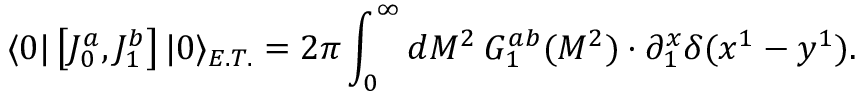
\langle 0 | \left[ J _ { 0 } ^ { a } , J _ { 1 } ^ { b } \right] | 0 \rangle _ { E . T . } = 2 \pi \int _ { 0 } ^ { \infty } { d M ^ { 2 } \: G _ { 1 } ^ { a b } ( M ^ { 2 } ) } \cdot \partial _ { 1 } ^ { x } \delta ( x ^ { 1 } - y ^ { 1 } ) .